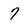
Character: 7